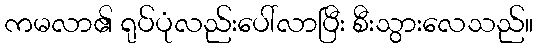
ကမလာ၏ ရုပ်ပုံလည်းပေါ်လာပြီး စီးသွားလေသည်။